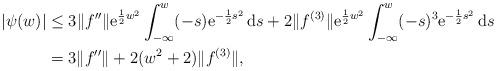
LaTeX: \begin{align*}| \psi(w) | &\le 3 \|f''\| \mathrm{e}^{\frac12 w^2} \int_{-\infty}^w (-s) \mathrm{e}^{-\frac12 s^2} \, \mathrm{d}s + 2 \| f^{(3)}\| \mathrm{e}^{\frac12 w^2} \int_{-\infty}^w (- s)^3 \mathrm{e}^{-\frac12 s^2} \, \mathrm{d}s \\&= 3 \|f'' \| + 2 (w^2+2) \| f^{(3)}\| ,\end{align*}